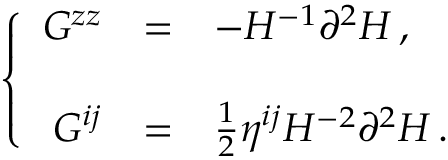
\left\{ \begin{array} { r c l } { { G ^ { z z } } } & { { = } } & { { - H ^ { - 1 } \partial ^ { 2 } H \, , } } \\ { { } } & { { } } & { { } } \\ { { G ^ { i j } } } & { { = } } & { { \frac { 1 } { 2 } \eta ^ { i j } H ^ { - 2 } \partial ^ { 2 } H \, . } } \end{array} \right.